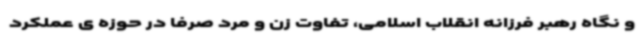
و نگاه رهبر فرزانه انقلاب اسلامی، تفاوت زن و مرد صرفا در حوزه ی عملکرد